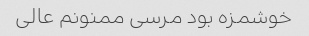
خوشمزه بود مرسی ممنونم عالی